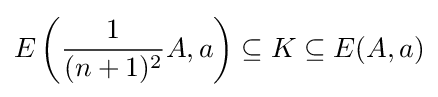
E\left({\frac {1}{(n+1)^{2}}}A,a\right)\subseteq K\subseteq E(A,a)